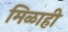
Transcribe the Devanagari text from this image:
मिळाही